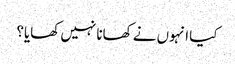
کیا انہوں نے کھانا نہیں کھایا؟